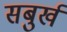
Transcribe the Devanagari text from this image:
सबुर्ख